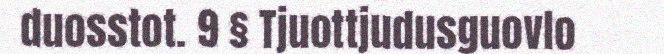
duosstot. 9 § Tjuottjudusguovlo